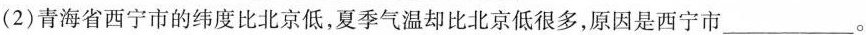
(2)青海省西宁市的纬度比北京低，夏季气温却比北京低很多，原因是西宁市___。